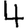
Digit: 4